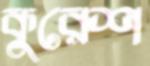
কুরেশ